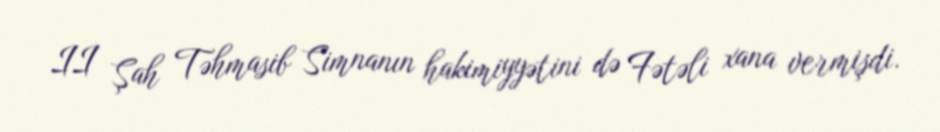
II Şah Təhmasib Simnanın hakimiyyətini də Fətəli xana vermişdi.